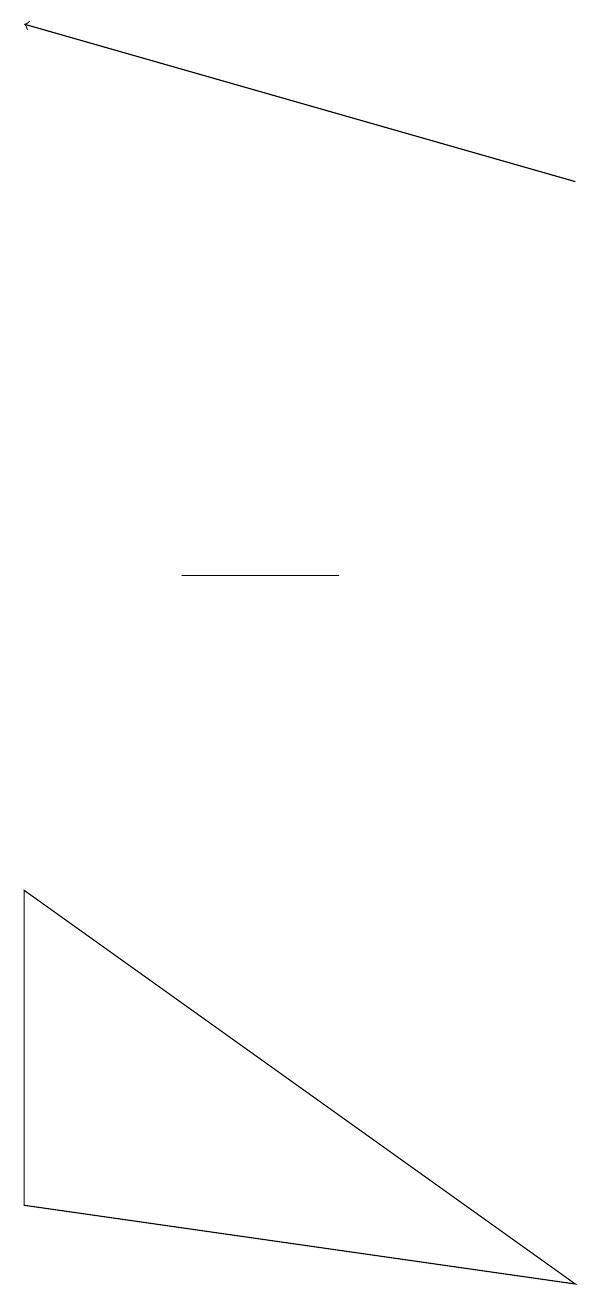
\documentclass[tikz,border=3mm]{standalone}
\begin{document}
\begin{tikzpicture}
\draw[->] (9,15) -- (2,17);
\draw (9,1) -- (2,2) -- (2,6) -- cycle;
\draw (4,10) rectangle (6,10);
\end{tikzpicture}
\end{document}